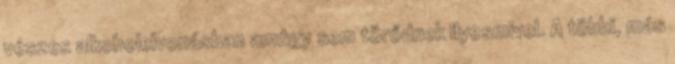
vészes alkoholelvonásban amúgy sem törődnek ilyesmivel. A többi, más